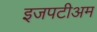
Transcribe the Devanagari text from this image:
इजपटीअम